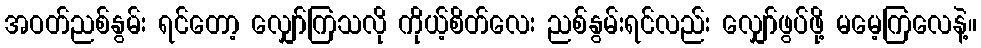
အဝတ်ညစ်နွမ်း ရင်တော့ လျှော်ကြသလို ကိုယ့်စိတ်လေး ညစ်နွမ်းရင်လည်း လျှော်ဖွပ်ဖို့ မမေ့ကြလေနဲ့။